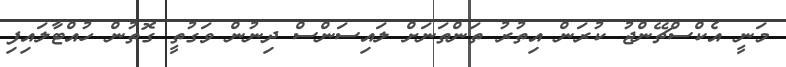
މަނީ އެކްސްޗޭންޖު ކުރަން އިތުރު ތަންތަނަށް ލައިސަންސް ދިނުން ވަގުތީ ގޮތުން ހުއްޓާލައިފި